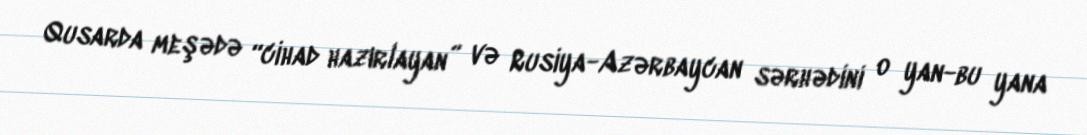
Qusarda meşədə “cihad hazırlayan” və Rusiya-Azərbaycan sərhədini o yan-bu yana